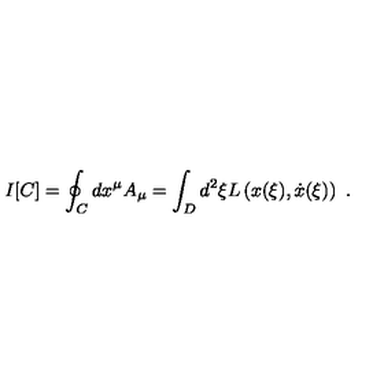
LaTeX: I [ C ] = \oint _ { C } d x ^ { \mu } A _ { \mu } = \int _ { D } d ^ { 2 } { \xi } L \left( x ( { \xi } ) , \dot { x } ( { \xi } ) \right) \ .